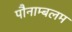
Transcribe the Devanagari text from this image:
पौनाम्बलम